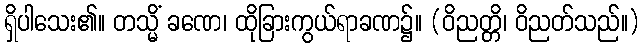
ရှိပါသေး၏။ တသ္မိံ ခဏေ၊ ထိုခြားကွယ်ရာခဏ၌။ (ဝိညတ္တိ၊ ဝိညတ်သည်။)